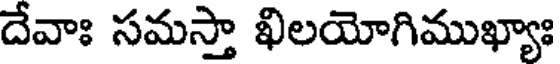
దేవాః సమస్తా ఖిలయోగిముఖ్యాః